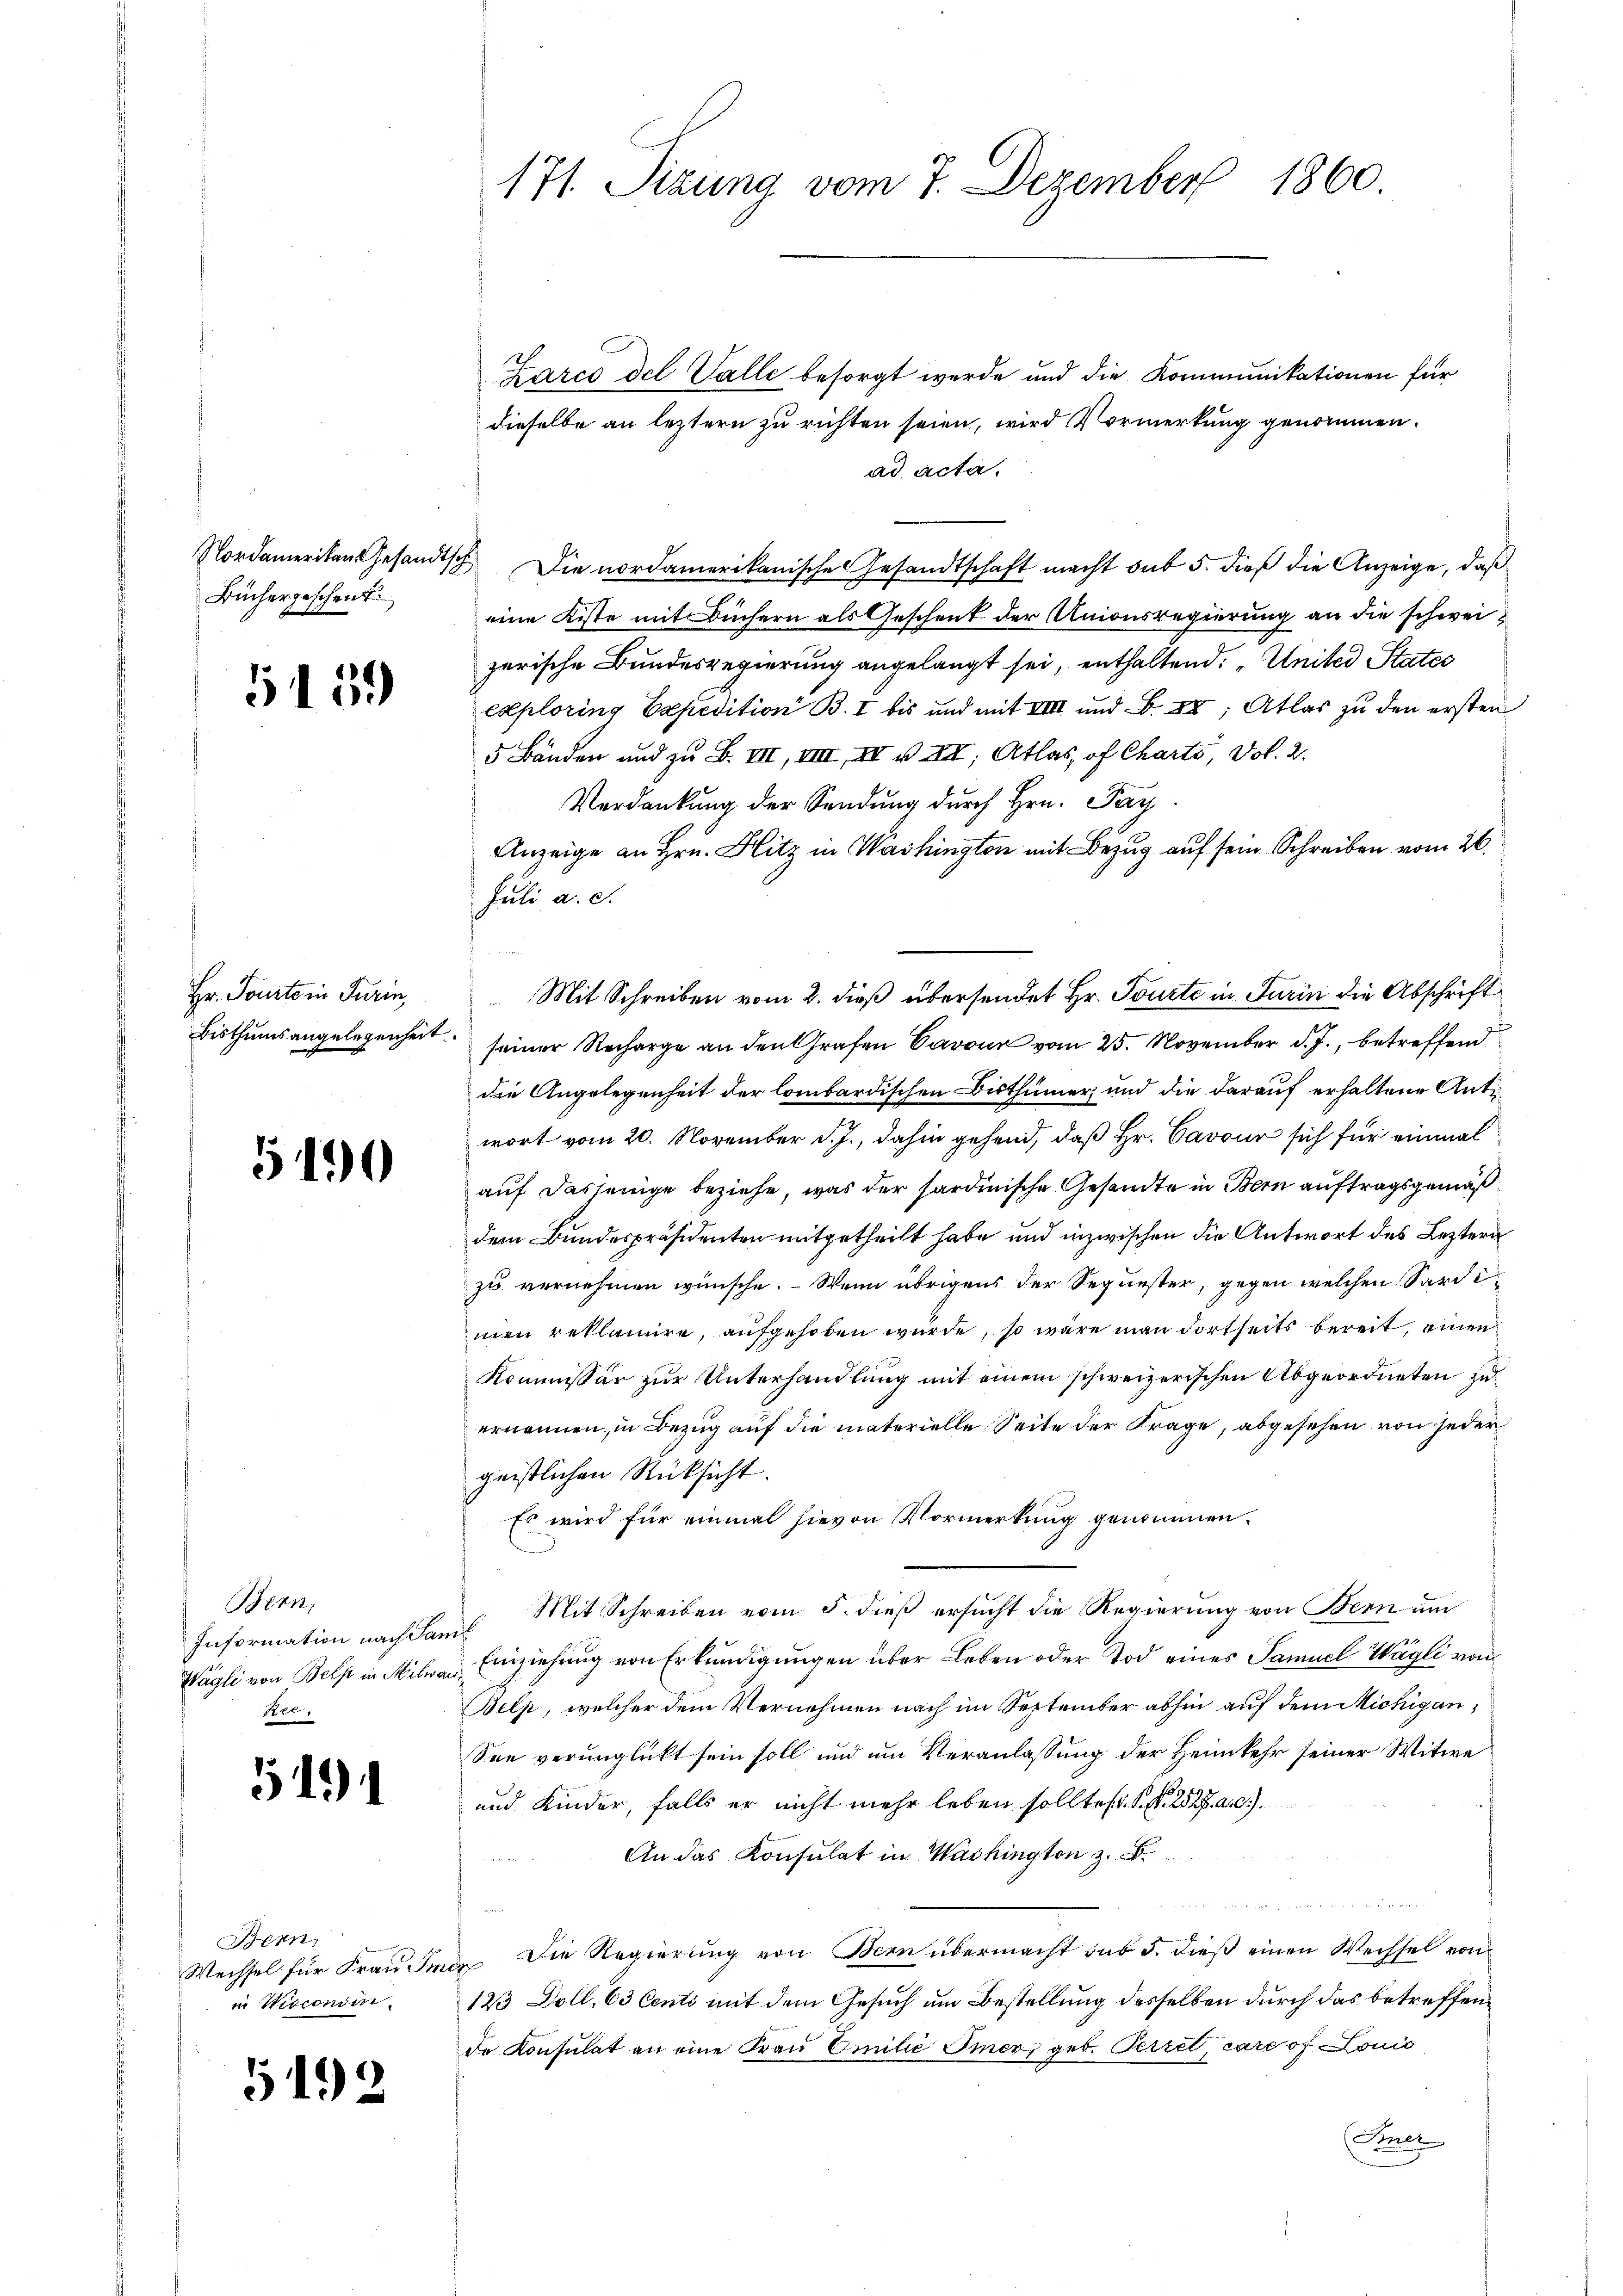
Büchergeschenk

5159

Hr. Pourto in Turin,
Bisthumsangelegenheit.

5190

Bern,
Information nach San
Wägli von Bels in Milwa
Bre,

5191

Bern
Wechsel für Frau Im
in Wisconin.

5192

171. Sizung vom 7. Dezember 1860.

Karco del Valle besorgt werde und die Kommunikationen für
dieselbe an leztern zu richten seien, wird Vormerkung genommen.
ad acta.
Nordamerikangesandtsch. Die nordamerikanische Gesandtschaft macht sub 5. dieß die Anzeige, daß
eine Kiste mit Büchern als Geschenk der Unionsregierung an die schweizerische Bundesregierung angelangt sei, enthaltend: „United States
exploring Expedition B. I bis und mit VIII und B. IX, Atlas zu den ersten
5 Bänden und zu B. VIII, VIII, III u. XIII, Atlas, of Charts, dol. 2.
Verdankung der Sendung durch Hrn. Pay
Anzeige an Hrn. Hitz in Washington mit Bezug auf sein Schreiben vom 26.
Juli a. c.
seiner Recharge an den Grafen Cavour vom 25. November d. J., betreffend
die Angelegenheit der lombardischen Bisthümer und die darauf erhaltene Antiwort vom 20. November d. J., dahin gehend, daß Hr. Cavour sich für einmal
auf dasjenige beziehe, was der Sardinische Gesandte in Bern auftragsgemäßdem Bundespräsidenten mitgetheilt habe und inzwischen die Antwort des Leztern
zu vernehmen wünsche. Wenn übrigens der Sequester, gegen welchen Sardimen reklamire, aufgehoben wurde, so wäre man dortseits bereit, einen
Kommissär zur Unterhandlung mit einem schweizerischen Abgeordneten zu
ernennen, in Bezug auf die materielle Seite der Frage, abgesehen von jeder
geistlichen Rüksicht.
Es wird für einmal hievon Vormerkung genommen.
 Mit Schreiben vom 5. dieß ersucht die Regierung von Bern um
Einziehung von Erkundigungen über Leben oder Tod eines Samuel Wagli von
Belp, welcher dem Vernehmen nach im September abhin auf dem Michig an¬
See verunglückt sein soll und um Veranlassung der Heimkehr seiner Witwe
und Kinder, falls er nicht mehr leben solltest. S. S. 2827. a. c.
An das Konsulat in Washington z. B.
n
i
i. Die Regierung von Bern übermacht sub 5. dieß einen Wechsel von
123 Doll. 63 Cents mit dem Gesuch um Bestellung desselben durch das betreffende Konsulat an eine Frau Emilie Immer geb. Perret, care of Loui
Immer

Mit Schreiben vom 2. dieß übersendet Hr. Tourte in Turin die Abschrift